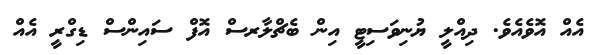
އެއް އޮވެއެވެ. ދިއްލީ ޔުނިވަސިޓީ އިން ބެޗްލާރސް އޮފް ސައިންސް ޑިގްރީ އެއް